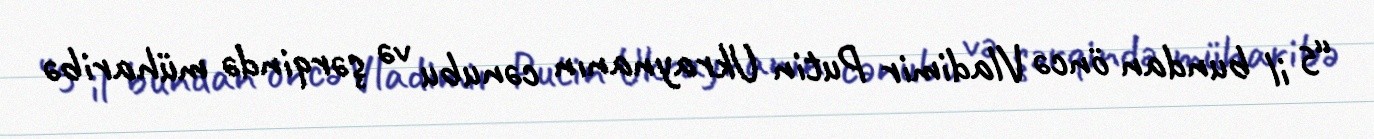
“5 il bundan öncə Vladimir Putin Ukraynanın cənubu və şərqində müharibə